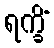
ရက္ခိံ